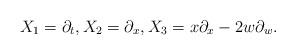
LaTeX: \begin{align*}X_{1}=\partial_t,X_{2}=\partial_x,X_{3}=x\partial_x-2w\partial_w.\end{align*}